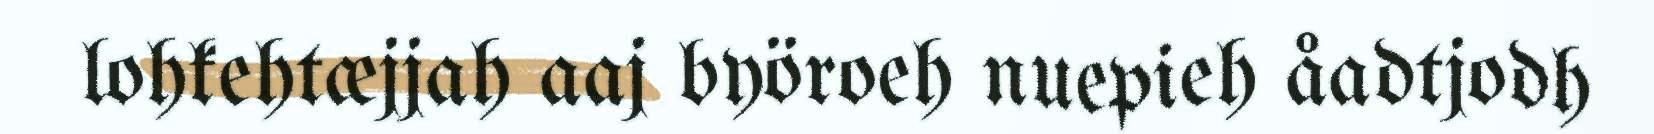
lohkehtæjjah aaj byöroeh nuepieh åadtjodh